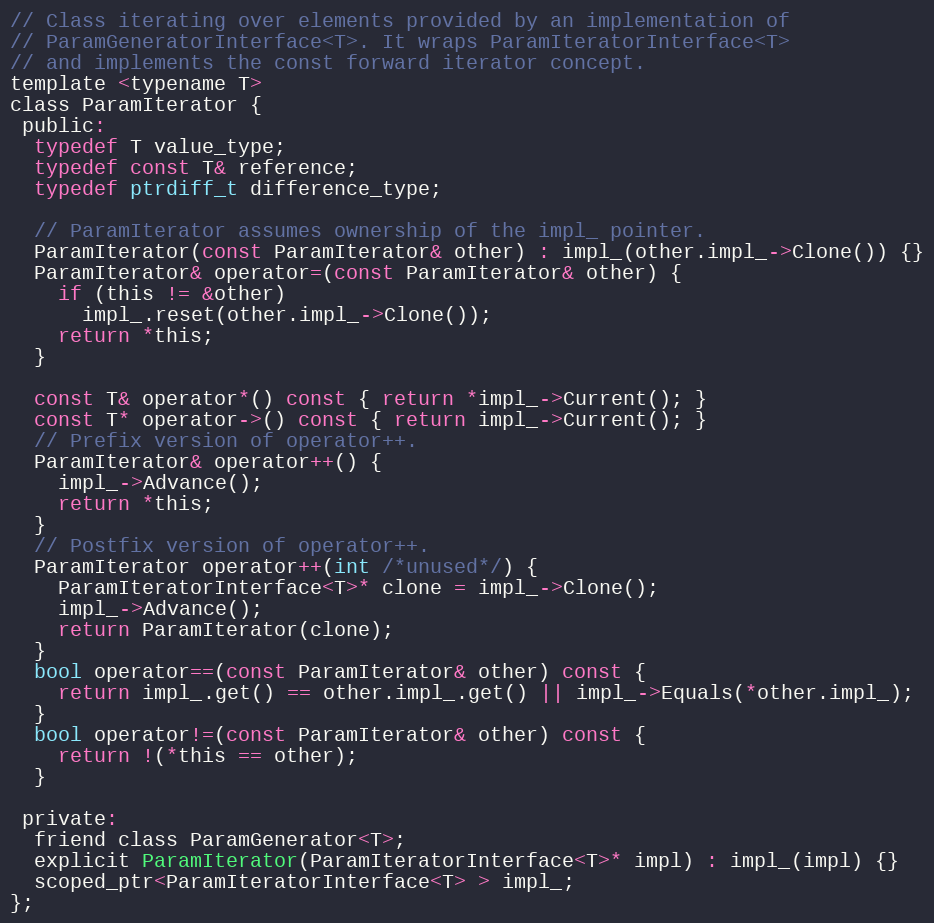
Language: C
// Class iterating over elements provided by an implementation of
// ParamGeneratorInterface<T>. It wraps ParamIteratorInterface<T>
// and implements the const forward iterator concept.
template <typename T>
class ParamIterator {
 public:
  typedef T value_type;
  typedef const T& reference;
  typedef ptrdiff_t difference_type;

  // ParamIterator assumes ownership of the impl_ pointer.
  ParamIterator(const ParamIterator& other) : impl_(other.impl_->Clone()) {}
  ParamIterator& operator=(const ParamIterator& other) {
    if (this != &other)
      impl_.reset(other.impl_->Clone());
    return *this;
  }

  const T& operator*() const { return *impl_->Current(); }
  const T* operator->() const { return impl_->Current(); }
  // Prefix version of operator++.
  ParamIterator& operator++() {
    impl_->Advance();
    return *this;
  }
  // Postfix version of operator++.
  ParamIterator operator++(int /*unused*/) {
    ParamIteratorInterface<T>* clone = impl_->Clone();
    impl_->Advance();
    return ParamIterator(clone);
  }
  bool operator==(const ParamIterator& other) const {
    return impl_.get() == other.impl_.get() || impl_->Equals(*other.impl_);
  }
  bool operator!=(const ParamIterator& other) const {
    return !(*this == other);
  }

 private:
  friend class ParamGenerator<T>;
  explicit ParamIterator(ParamIteratorInterface<T>* impl) : impl_(impl) {}
  scoped_ptr<ParamIteratorInterface<T> > impl_;
};